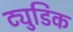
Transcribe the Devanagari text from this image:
ट्युडिक